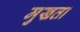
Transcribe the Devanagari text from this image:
मुखता